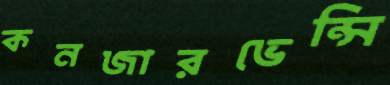
কনজারভেন্সি